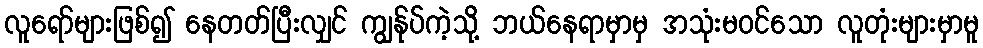
လူရော်များဖြစ်၍ နေတတ်ပြီးလျှင် ကျွန်ုပ်ကဲ့သို့ ဘယ်နေရာမှာမှ အသုံးမဝင်သော လူတုံးများမှာမူ